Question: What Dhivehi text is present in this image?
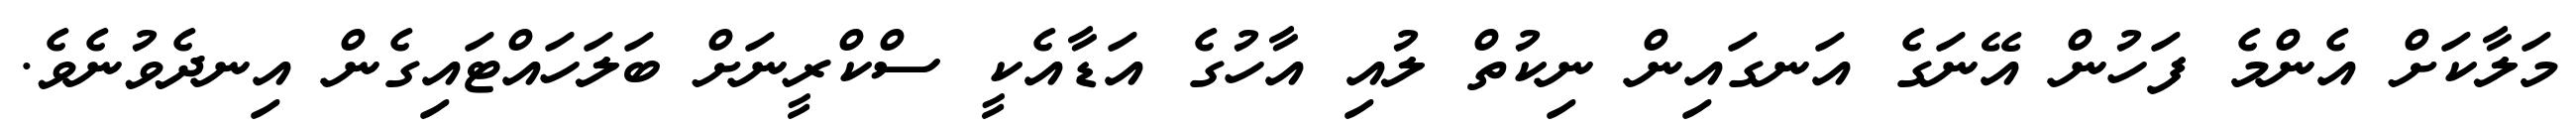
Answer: މަލާކަށް އެންމެ ފަހުން އޭނަގެ އަނގައިން ނިކުތް ލުއި އާހުގެ އަޑާއެކީ ސްކްރީނަށް ބަލަހައްޓައިގެން އިނދެވުނެވެ.